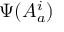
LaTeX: \Psi ( A _ { a } ^ { i } )